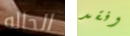
الحاله وفقد